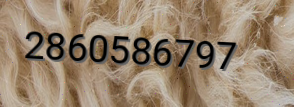
2860586797